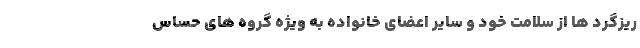
ریزگرد ها از سلامت خود و سایر اعضای خانواده به ویژه گروه های حساس